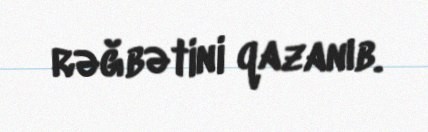
rəğbətini qazanıb.